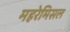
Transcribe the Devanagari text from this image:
महरेमिसल